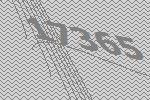
17365